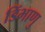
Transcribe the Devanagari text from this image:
डिंभाणु